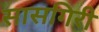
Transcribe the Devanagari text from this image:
सासगिरी